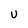
Character: U